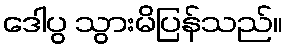
ဒေါပွ သွားမိပြန်သည်။